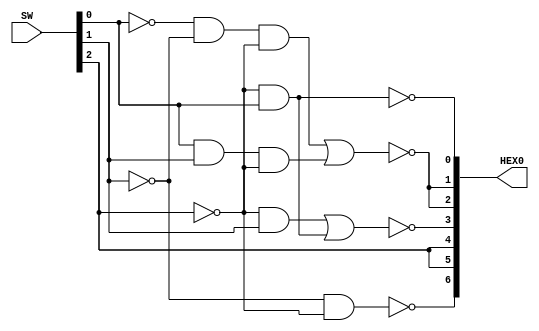
module assignment4(
	input [2:0] SW,
	output [6:0] HEX0
);

	assign HEX0[0] = ~(SW[0] & ~SW[2]);
	assign HEX0[1] = ~((~SW[0] & ~SW[1] & ~SW[2]) | (SW[0] & SW[1] & ~SW[2]));
	assign HEX0[2] = HEX0[1];
	assign HEX0[3] = ~((~SW[2] & SW[1]) | (~SW[2] & SW[0]));
	assign HEX0[4] = SW[2];
	assign HEX0[5] = HEX0[4];
	assign HEX0[6] = ~(~SW[1] & ~SW[2]);	
	
endmodule